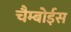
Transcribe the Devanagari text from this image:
चैम्बोईस